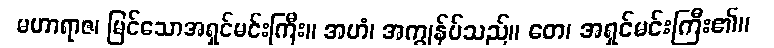
မဟာရာဇ၊ မြင်သောအရှင်မင်းကြီး။ အဟံ၊ အကျွန်ုပ်သည်။ တေ၊ အရှင်မင်းကြီး၏။